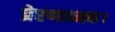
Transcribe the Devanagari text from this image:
प्रेरणात्मक।